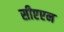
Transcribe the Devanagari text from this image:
सीएएन